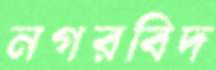
নগরবিদ